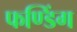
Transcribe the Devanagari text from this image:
फण्डिंग